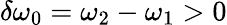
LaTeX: \delta\omega_{0}=\omega_{2}-\omega_{1}>0